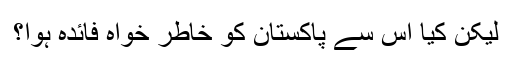
لیکن کیا اس سے پاکستان کو خاطر خواہ فائدہ ہوا؟